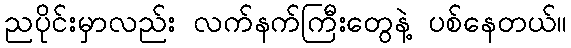
ညပိုင်းမှာလည်း လက်နက်ကြီးတွေနဲ့ ပစ်နေတယ်။